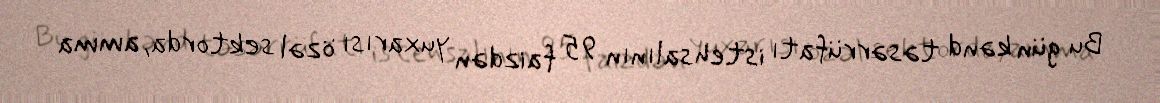
Bu gün kənd təsərrüfatı istehsalının 95 faizdən yuxarısı özəl sektorda, amma